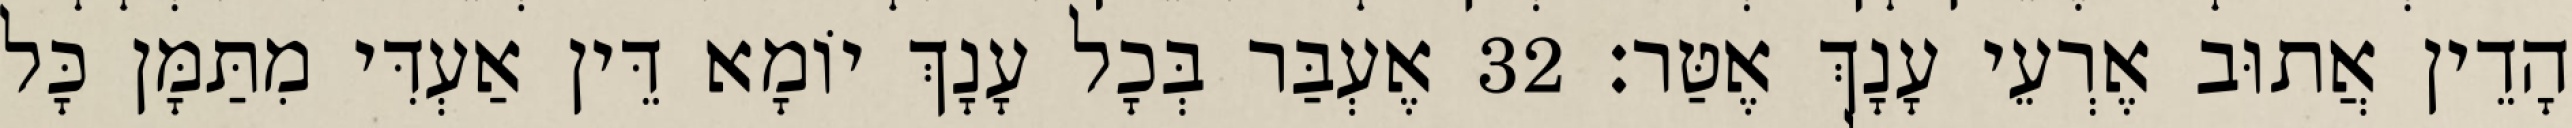
הָדֵין אֲתוּב אֶרְעֵי עָנָךְ אֶטַּר׃ 32 אֶעְבַּר בְּכָל עָנָךְ יוֹמָא דֵּין אַעְדִּי מִתַּמָּן כָּל